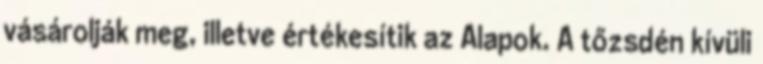
vásárolják meg, illetve értékesítik az Alapok. A tőzsdén kívüli